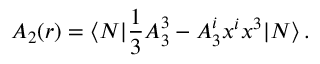
A _ { 2 } ( r ) = \langle N | { \frac { 1 } { 3 } } A _ { 3 } ^ { 3 } - A _ { 3 } ^ { i } x ^ { i } x ^ { 3 } | N \rangle \, .